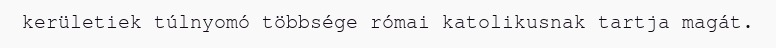
kerületiek túlnyomó többsége római katolikusnak tartja magát.